Lunatic asylums Bombay report 1878-1890 - 1878-1890
Year: 1878
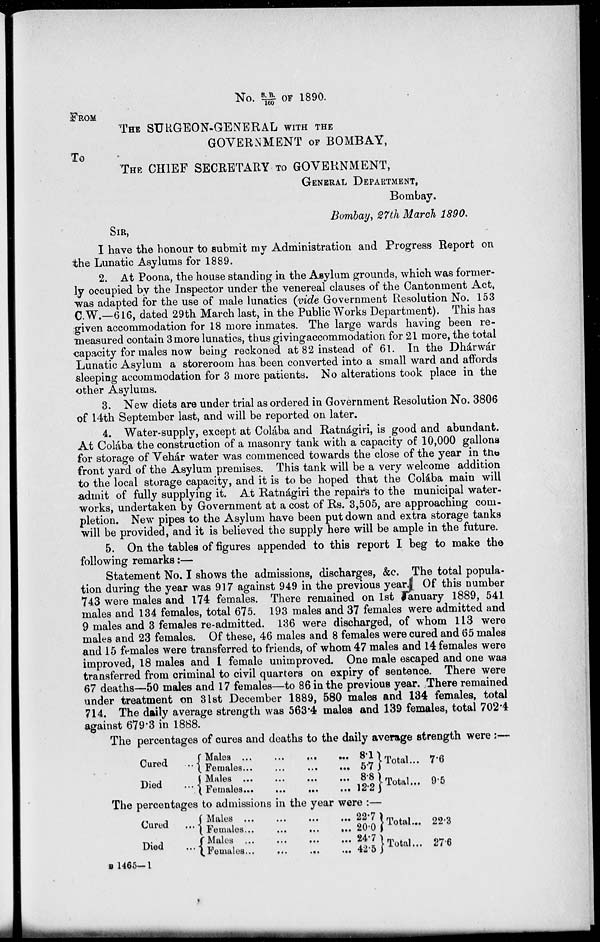
No. S.B/160 OF 1890.
FROM
THE SURGEON-GENERAL WITH THE
GOVERNMENT OF BOMBAY,
To
THE CHIEF SECRETARY TO GOVERNMENT,
GENERAL DEPARTMENT,
Bombay.
Bombay, 27th March 1890.
SIR,
I have the honour to submit my Administration and Progress Report on
the Lunatic Asylums for 1889.
2. At Poona, the house standing in the Asylum grounds, which was former-
ly occupied by the Inspector under the venereal clauses of the Cantonment Act,
was adapted for the use of male lunatics (vide Government Resolution No. 153
C.W.—616, dated 29th March last, in the Public Works Department). This has
given accommodation for 18 more inmates. The large wards having been re-
measured contain 3 more lunatics, thus giving accommodation for 21 more, the total
capacity for males now being reckoned at 82 instead of 61. In the Dhárwár
Lunatic Asylum a storeroom has been converted into a small ward and affords
sleeping accommodation for 3 more patients. No alterations took place in the
other Asylums.
3. New diets are under trial as ordered in Government Resolution No. 3806
of 14th September last, and will be reported on later.
4. Water-supply, except at Colába and Ratnágiri, is good and abundant.
At Colába the construction of a masonry tank with a capacity of 10,000 gallons
for storage of Vehár water was commenced towards the close of the year in the
front yard of the Asylum premises. This tank will be a very welcome addition
to the local storage capacity, and it is to be hoped that the Colába main will
admit of fully supplying it. At Ratnágiri the repairs to the municipal water-
works, undertaken by Government at a cost of Rs. 3,505, are approaching com-
pletion. New pipes to the Asylum have been put down and extra storage tanks
will be provided, and it is believed the supply here will be ample in the future.
5. On the tables of figures appended to this report I beg to make the
following remarks:—
Statement No. I shows the admissions, discharges, &c. The total popula-
tion during the year was 917 against 949 in the previous year. Of this number
743 were males and 174 females. There remained on 1st January 1889, 541
males and 134 females, total 675. 193 males and 37 females were admitted and
9 males and 3 females re-admitted. 136 were discharged, of whom 113 were
males and 23 females. Of these, 46 males and 8 females were cured and 65 males
and 15 females were transferred to friends, of whom 47 males and 14 females were
improved, 18 males and 1 female unimproved. One male escaped and one was
transferred from criminal to civil quarters on expiry of sentence. There were
67 deaths—50 males and 17 females—to 86 in the previous year. There remained
under treatment on 31st December 1889, 580 males and 134 females, total
714. The daily average strength was 563.4 males and 139 females, total 702.4
against 679.3 in 1888.
The percentages of cures and deaths to the daily average strength were :—
Cured
Died
Males
...
...
...
...
Females
...
...
...
...
Males ... ... ... ...
Females ... ... ... ...
8.1
5.7
8.8
12.2
Total ...
Total ...
7.6
9.5
The percentages to admissions in the year were :—
Cured
...
Died
...
Males ... ... ... ...
Females ... ... ... ...
Males ...
...
...
...
Females ... ... ... ...
22.7
20.0
24.7
42.5
Total ...
Total ...
22.3
27.6
B 1465—1